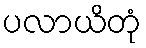
ပလာယိတုံ